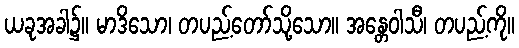
ယခုအခါ၌။ မာဒိသော၊ တပည့်တော်သို့သော။ အန္တေဝါသီ၊ တပည့်ကို။